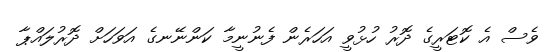
ވެސް އެ ކޮޓަރީގެ ދޮރު ހުޅުވީ އަހަރެން ފެނުނީމާ ކަންނޭނގެ އަވަހަށް ދޮރުލައްޕާ